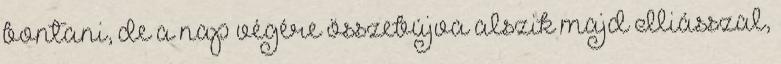
bontani, de a nap végére összebújva alszik majd Iliásszal,